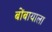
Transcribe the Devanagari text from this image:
बोंबायाला